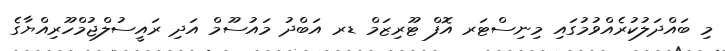
މި ބައްދަލުކުރެއްވުމުގައި މިނިސްޓަރ އޮފް ޓޫރިޒަމް ޑރ އަބްދު މައުސޫމް އަދި ރައީސުލްޖުމްހޫރިއްޔާގެ